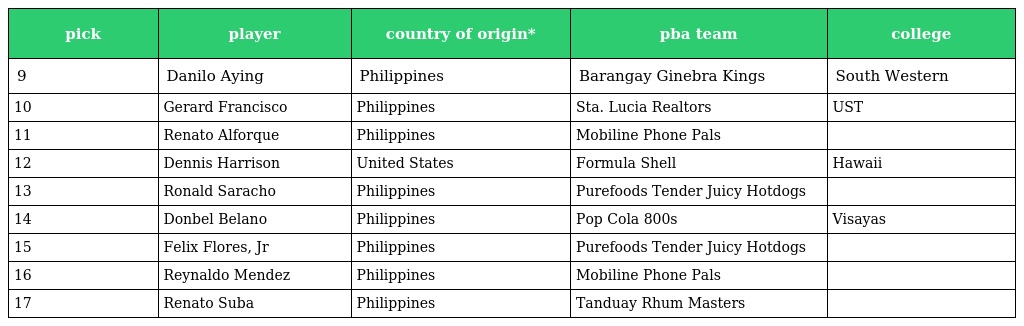
| pick | player | country of origin* | pba team | college |
 | --- | --- | --- | --- | --- |
 | 9 | Danilo Aying | Philippines | Barangay Ginebra Kings | South Western |
 | 10 | Gerard Francisco | Philippines | Sta. Lucia Realtors | UST |
 | 11 | Renato Alforque | Philippines | Mobiline Phone Pals |  |
 | 12 | Dennis Harrison | United States | Formula Shell | Hawaii |
 | 13 | Ronald Saracho | Philippines | Purefoods Tender Juicy Hotdogs |  |
 | 14 | Donbel Belano | Philippines | Pop Cola 800s | Visayas |
 | 15 | Felix Flores, Jr | Philippines | Purefoods Tender Juicy Hotdogs |  |
 | 16 | Reynaldo Mendez | Philippines | Mobiline Phone Pals |  |
 | 17 | Renato Suba | Philippines | Tanduay Rhum Masters |  |